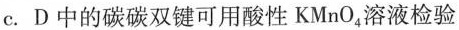
c.D中的碳碳双键可用酸性\mathrm{KMnO}_{4}溶液检验